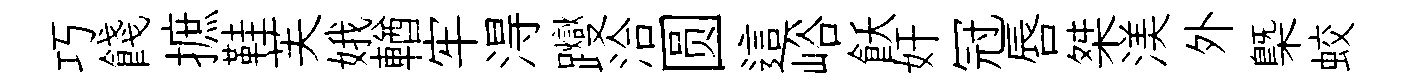
巧餞摭鞋芙娥輶牢淂躞洽圆這峪飫奸冠唇桀渼外㮣蛟